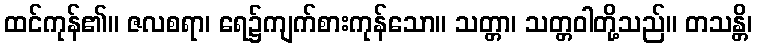
ထင်ကုန်၏။ ဇလစရာ၊ ရေ၌ကျက်စားကုန်သော။ သတ္တာ၊ သတ္တဝါတို့သည်။ တသန္တိ၊